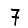
Digit: 7